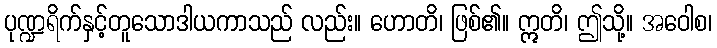
ပုဏ္ဍရိက်နှင့်တူသောဒါယကာသည် လည်း။ ဟောတိ၊ ဖြစ်၏။ ဣတိ၊ ဤသို့။ အဝေါစ၊